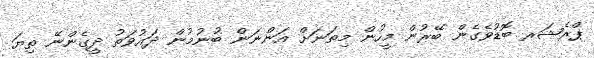
ޕްރެޝަރ ބޮޑުވެގެން ބޭރުން މީހުން މިތަނަށް އަންނަން ބުނުމުން ދައުވަތު ދީގެންނޭ ތިޔަ